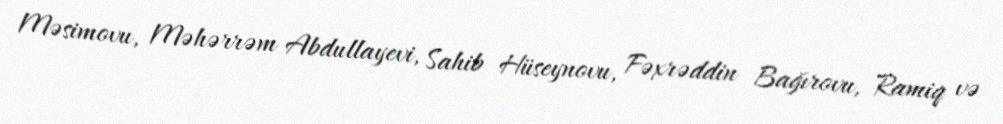
Məsimovu, Məhərrəm Abdullayevi, Sahib Hüseynovu, Fəxrəddin Bağırovu, Ramiq və